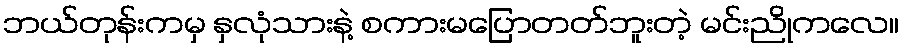
ဘယ်တုန်းကမှ နှလုံသားနဲ့ စကားမပြောတတ်ဘူးတဲ့ မင်းညိုကလေ။